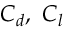
C _ { d } , ~ C _ { l }